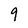
Character: 9